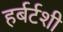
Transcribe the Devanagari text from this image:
हर्बर्टशी